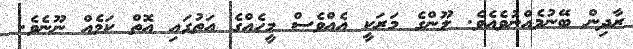
ރާދިން ބޭނުމެއްނުވެއެވެ. ލޫންގެ މަރަކީ އެއްވެސް މީހެއްގެ އަތުގައި އޮތް ކަމެއް ނޫނެވެ.